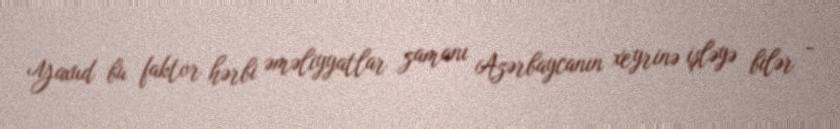
Yaxud bu faktor hərbi əməliyyatlar zamanı Azərbaycanın xeyrinə işləyə bilər -